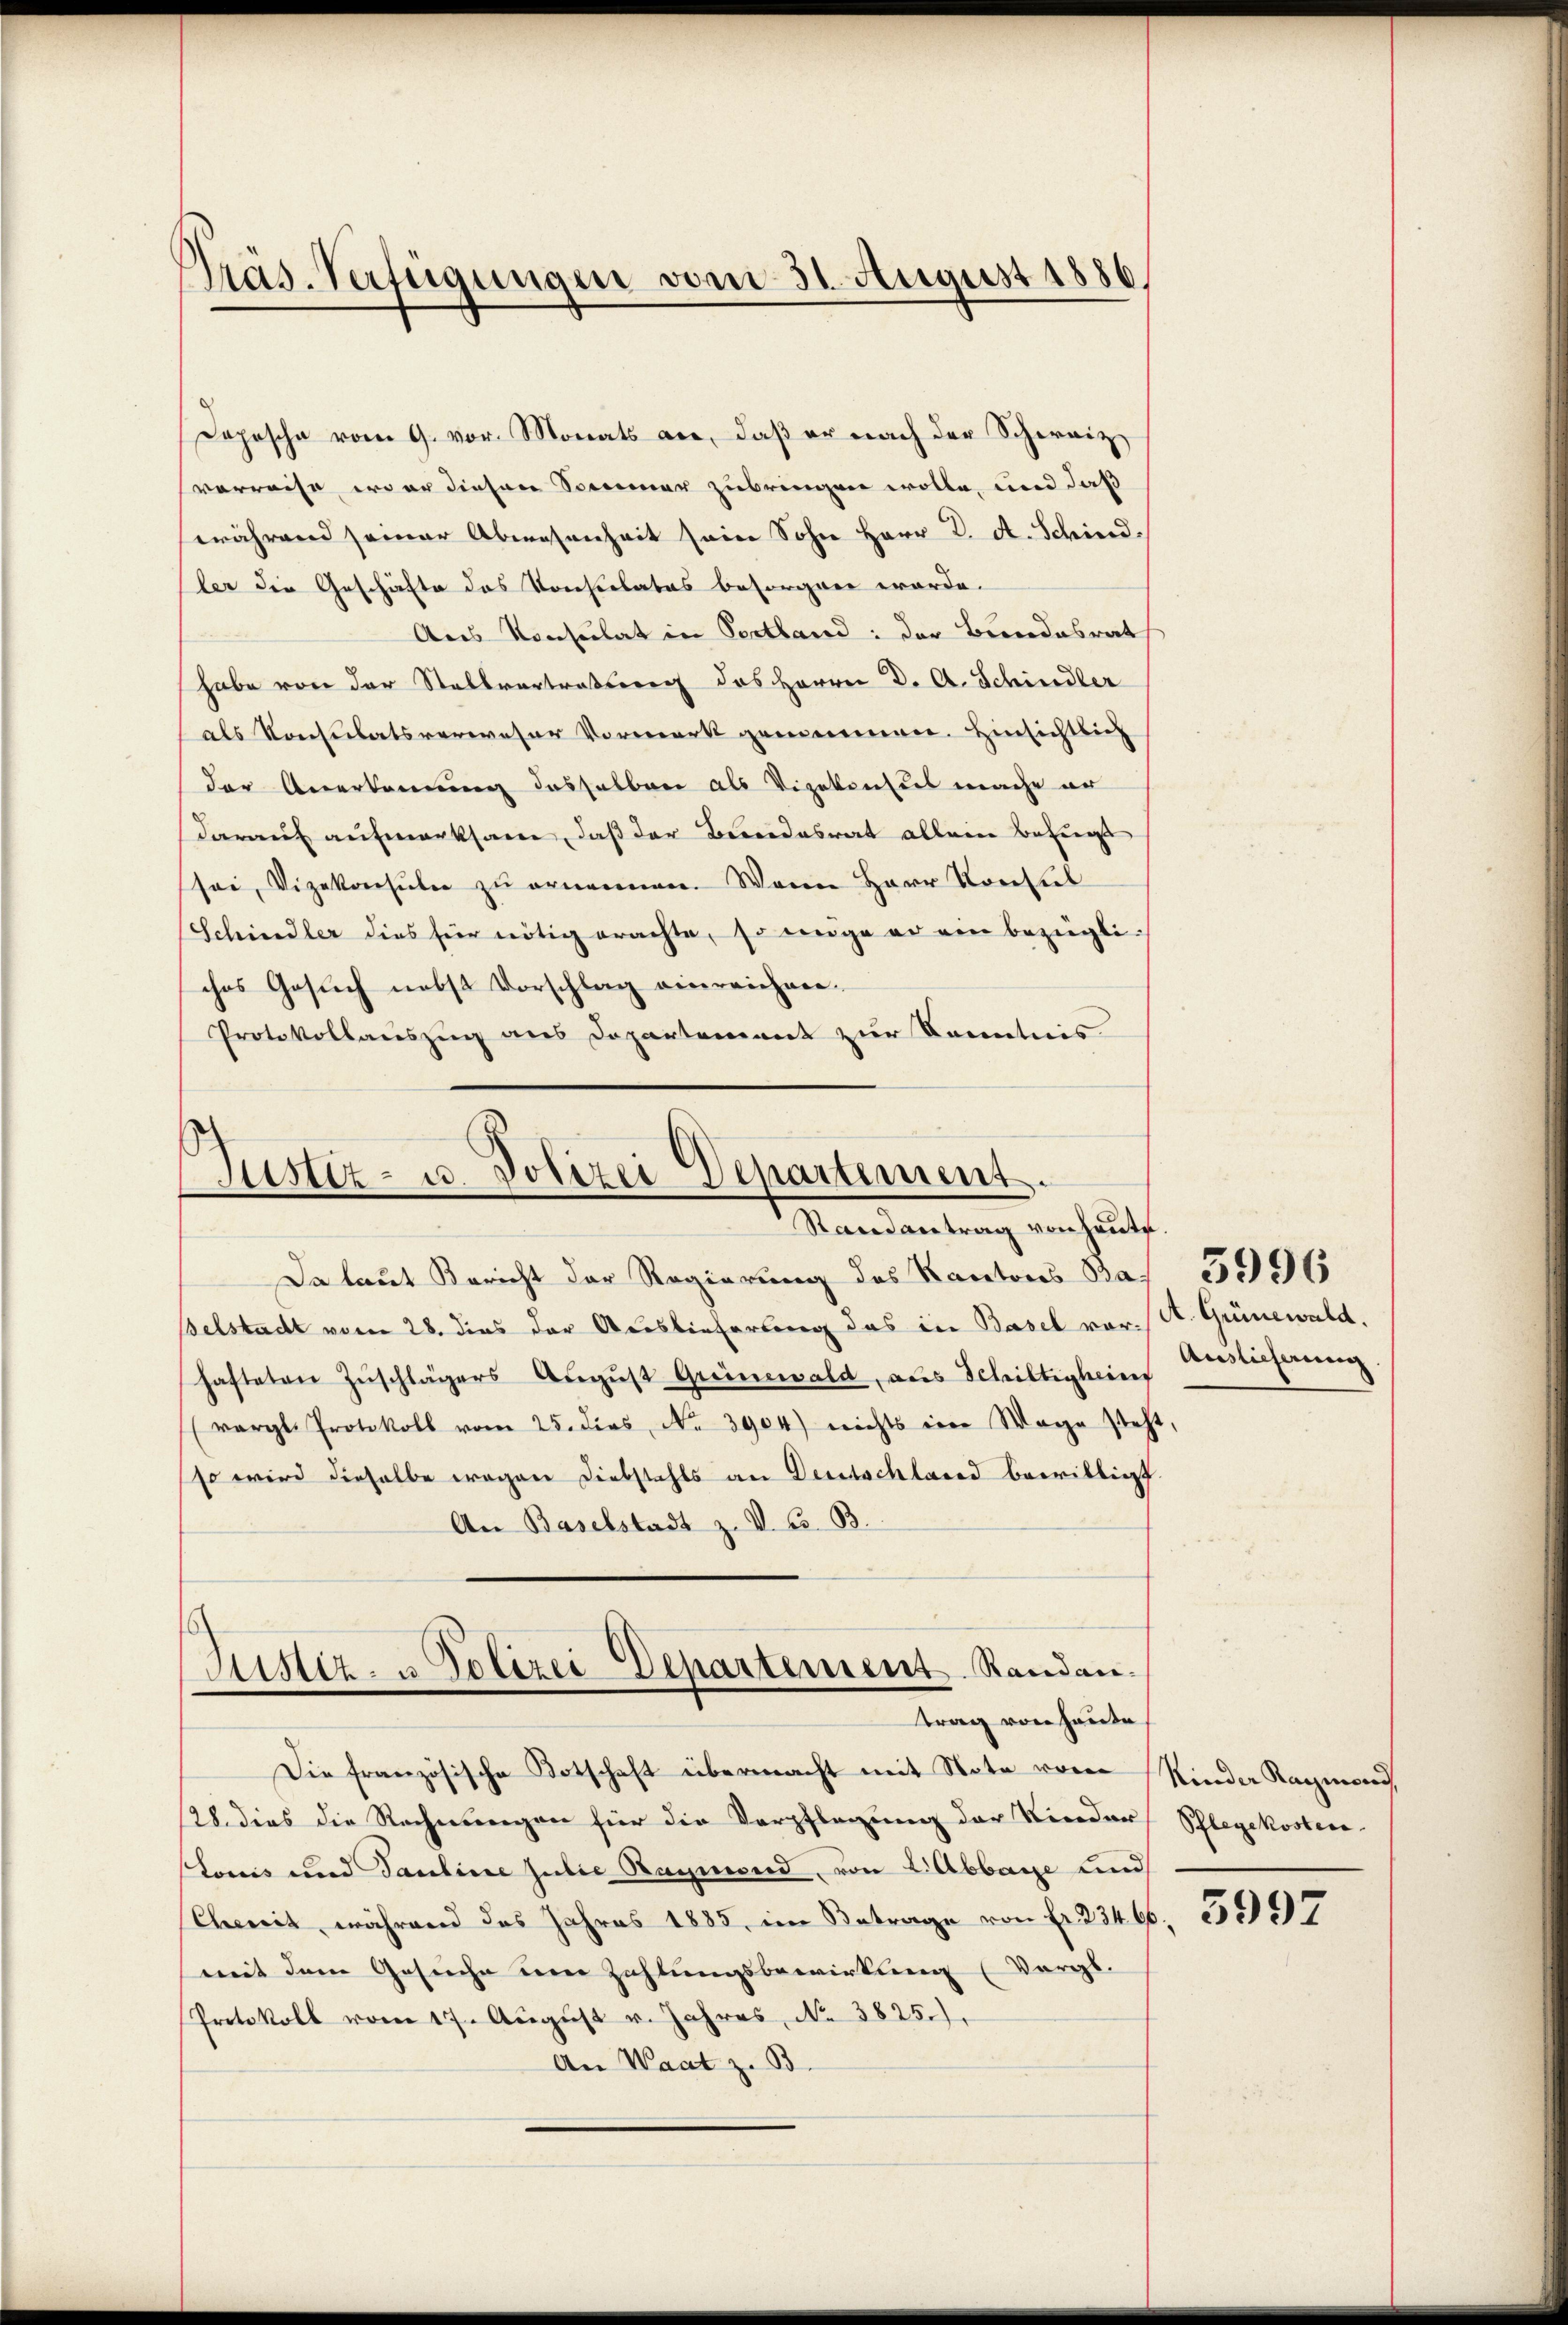
Präs. Verfügungen vom 31. August 1886.

Depesche vom 9. vor. Monats an, daß er nach der Schereizverreise, wo er diesen Sommener zubringen wolle, und daß
während seiner Abwesenheit sein Sohn Herr K. A. Schindler die Geschäfte des Konsulates besorgen werde.
Aus Konsulat in Portland: der Bundesrat
habe von der Stellvertretung des Herrn D. A. Schindler
als Konsulatsverweser Vormerk gemeinen. Hinsichtlich
der Anerkennung desselben als Vizekonsul mache er
darauf aufmerksam, daß der Bundesrat alleine Bezugs
sei, Vizekonsule zu ernennen. Wenn Herr Konsul
Schindler dies für nötig erachte, so enge er ein bezügli-
ches Gesŭch nebst Vorschlag einreichnen.
Protokollauszug aus Departement zur Kenntnis

Justiz- u. Polizei Departement.
Randantrag von heute.

Da laut Bericht der Regierung des Kantons Ba¬
Belstadt vom 28. dies der Auslieferung das in Basel vor-
hafteten Zŭschlägers Aŭgŭst Greinewald, aus Schiltigheier
(vergl. Protokoll vom 25. dies, No. 3904) nichts im Wage steht
so wird dieselbe wegen Diebstahls an Deutschland bewilligt
An Baselstadt z. V. Co. B.
Die französische Kotschaft übermacht mit Note von
128. dies die Rechnungen für die Verpflegung der Nieder
Louis und Pauline Julie Regimend, von 2 Abbaye und
Cheit, während das Jahres 1885, im Betrage von Fr. 23466
mit dem Gesuche um Zahlungsbewirkung (Vergl.
Protokoll vom 17. Aŭgŭst u. Jahres N. 3825.),
An Waat z. B.

Justiz- u Polizei Departement. Randen.
trag von Haute

A. Grünewald.
Auslicherung.

5996

Kinder Raymond,
Pflegekosten

3997